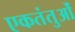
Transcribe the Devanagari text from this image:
एकतंतुओं